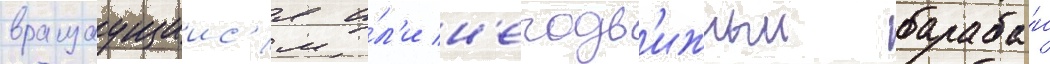
вращаущиис'я и́л'и н'еподв'ижныи бараба́н